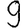
Digit: 9